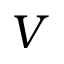
V